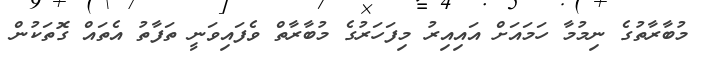
މުބާރާތުގެ ނިމުމާ ހަމައަށް އައިއިރު މިފަހަރުގެ މުބާރާތް ވެފައިވަނީ ތަފާތު އެތައް ގޮތަކުން